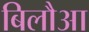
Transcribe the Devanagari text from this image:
बिलौआ